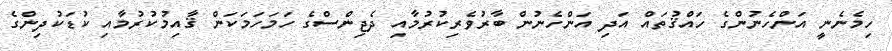
ހިމެނެނީ އަންހެނުންގެ ހައްޤުތައް އަދި އަންހެނުން ބާރުވެރިކުރުމާއި ދެޖިންސްގެ ހަމަހަމަކަން ޤާއިމުކުރުމާއި ކުޑަކުދިންގެ